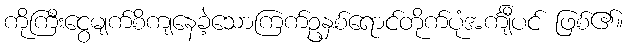
ကိုကြီးငွေမျက်စိကျနေခဲ့သောကြက်ဥနှစ်ရောင်တိုက်ပုံအင်္ကျီပင် ဖြစ်၏။